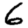
Digit: 6